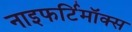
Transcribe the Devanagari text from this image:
नाइफर्टिमॉक्स